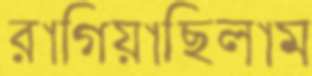
রাগিয়াছিলাম